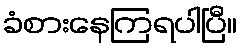
ခံစားနေကြရပါပြီ။